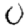
Digit: 0